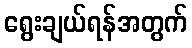
ရွေးချယ်ရန်အတွက်